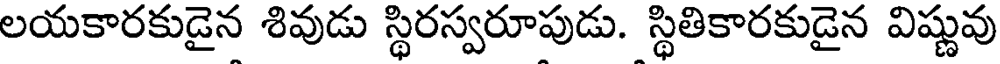
లయకారకుడైన శివుడు స్థిరస్వరూపుడు. స్థితికారకుడైన విష్ణువు